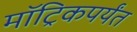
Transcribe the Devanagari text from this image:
मॉट्रिकपर्यंत